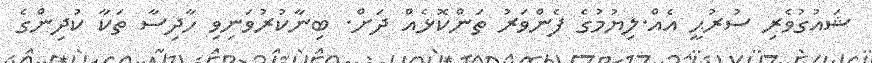
ޝައުގުވެރި ސުރުޙީ އެއް.ލިޔުމުގެ ފެންވަރު ތަންކޮޅެއް ދަށް. ބިނާކުރުވަނިވި ހާދިސާ ތަކާ ކުދިންގެ